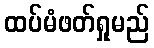
ထပ်မံဖတ်ရှုမည်